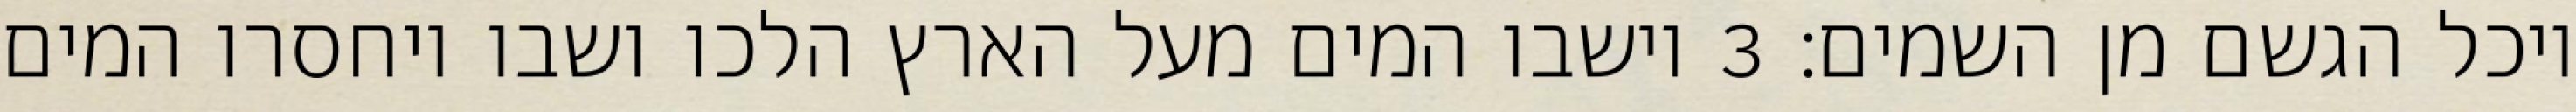
ויכל הגשם מן השמים׃ ‎3‏ וישבו המים מעל הארץ הלכו ושבו ויחסרו המים